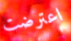
اعترضت